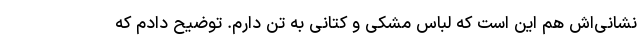
نشانی‌اش هم این است که لباس مشکی و کتانی به تن دارم. توضیح دادم که